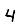
Digit: 4